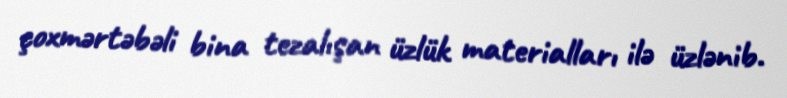
çoxmərtəbəli bina tezalışan üzlük materialları ilə üzlənib.